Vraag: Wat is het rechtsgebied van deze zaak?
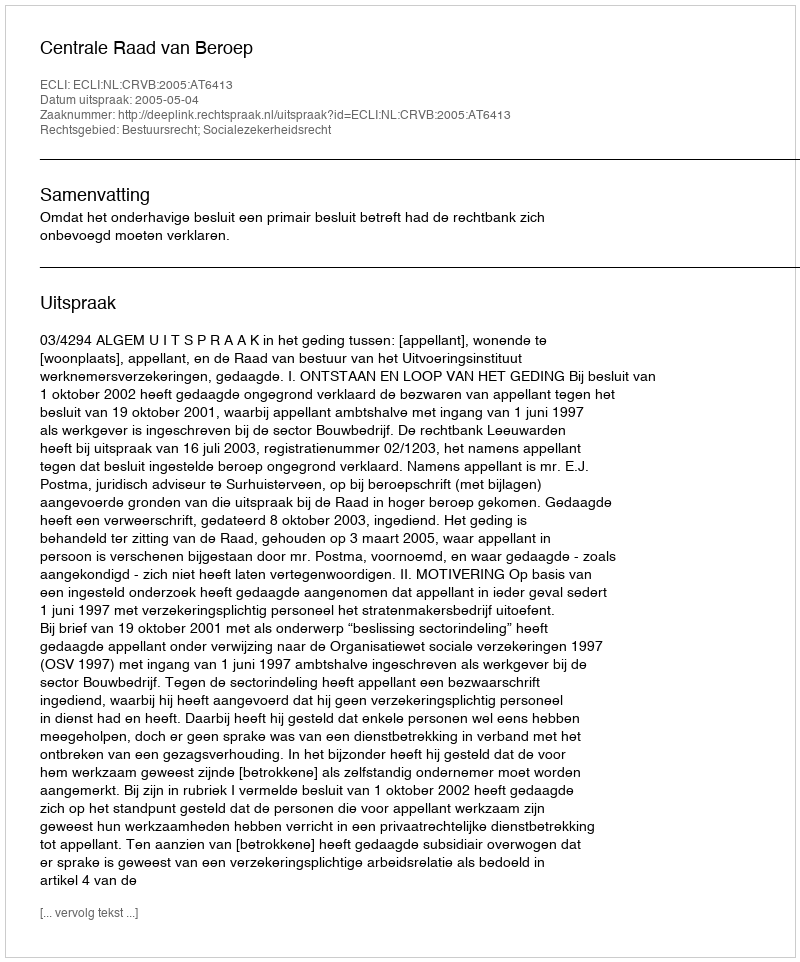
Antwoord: Bestuursrecht; Socialezekerheidsrecht